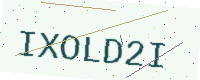
Text: IXOLD2I